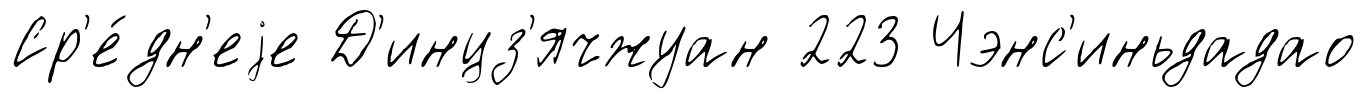
Ср'е́дн'еjе Д'инцз'ячжуан 223 Чэнс'иньдадао